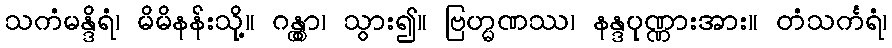
သကံမန္ဒိရံ၊ မိမိနန်းသို့။ ဂန္တွာ၊ သွား၍။ ဗြဟ္မဏဿ၊ နန္ဒပုဏ္ဏားအား။ တံသင်္ကရံ၊